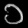
Digit: ၁